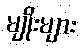
မျိုးများ